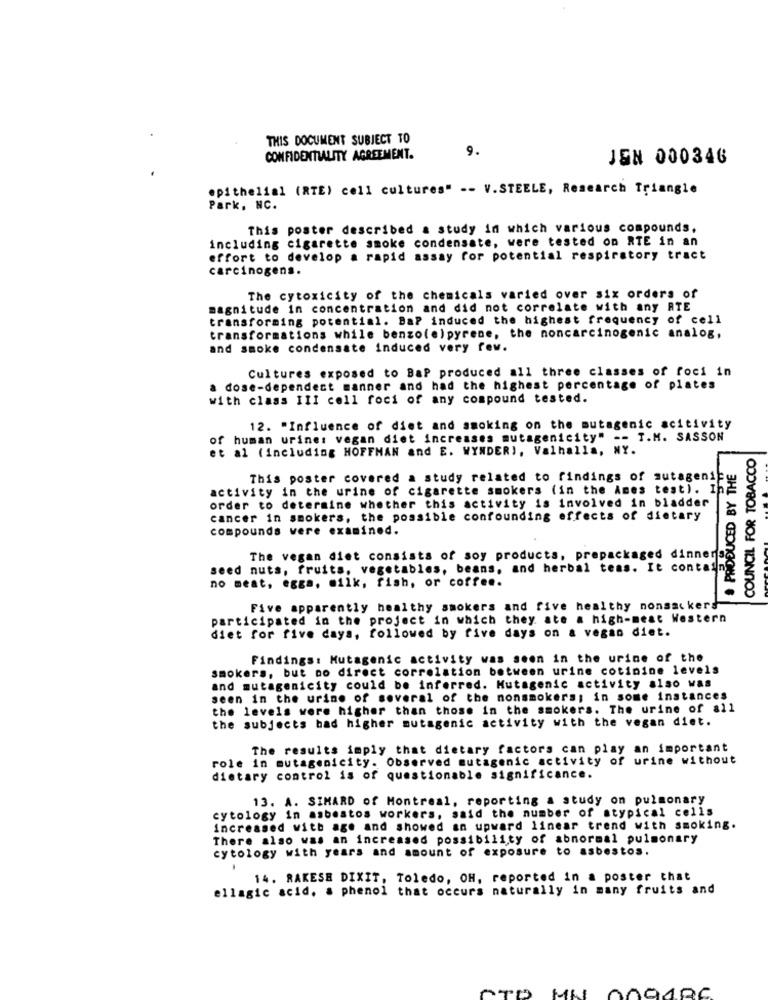
THIS DOCUMENT SUBJECT TO
9.
CONFIDENTIALITY AGREEMENT.
JEN 000346
epithelial (RTE) cell cultures" -- V.STEELE, Research Triangle
Park, NC.
This poster described a study in which various compounds.
including cigarette smoke condensate, were tested on RTE in an
effort to develop a rapid assay for potential respiratory tract
carcinogens.
The cytoxicity of the chemicals varied over six orders of
magnitude in concentration and did not correlate with any RTE
transforming potential. Ba? induced the highest frequency of cell
transformations while benzo(e)pyrene, the noncarcinogenic analog,
and smoke condensate induced very few.
Cultures exposed to BaP produced all three classes of foci in
a dose-dependent manner and had the highest percentage of plates
with class III cell foci of any compound tested.
12. "Influence of diet and smoking on the mutagenic acitivity
of human urine: vegan diet increases mutagenicity" -- T.M. SASSON
et al (including HOFFMAN and E. WYNDER), Valhalla, NY.
COUNCIL FOR TOBACCO
. PRODUCED BY THE
This poster covered a study related to findings of mutageni
activity in the urine of cigarette smokers (in the Ames test). In
order to determine whether this activity is involved in bladder
cancer in smokers, the possible confounding effects of dietary
compounds vere examined.
The vegan diet consists of soy products, prepackaged dinner
seed nuts, fruits, vegetables, beans, and herbal teas. It conta
no meat, egga, milk, fish, or coffee.
Five apparently healthy smokers and five healthy nonsacker
participated in the project in which they ate a high-meat Western
diet for five days, followed by five days on a vegan diet.
Findings: Mutagenic activity was seen in the urine of the
smokers, but no direct correlation between urine cotinine levels
and mutagenicity could be inferred. Mutagenic activity also was
seen in the urine of several of the nonsmokers; in some instances
the levels were higher than those in the smokers. The urine of all
the subjects had higher mutagenic activity with the vegan diet.
The results imply that dietary factors can play an important
role in mutagenicity. Observed mutagenic activity of urine without
dietary control is of questionable significance.
13. A. SIMARD of Montreal, reporting a study on pulmonary
cytology in asbestos workers, said the number of atypical cells
increased with age and showed an upward linear trend with smoking.
There also was an increased possibility of abnormal pulmonary
cytology with years and amount of exposure to asbestos.
14. RAKESH DIXIT, Toledo, OH, reported in a poster that
ellagic acid. a phenol that occurs naturally in many fruits and